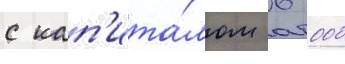
с кап'ита́лом 6 000